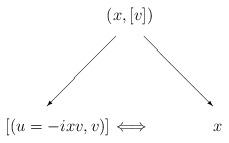
LaTeX: \begin{align*}\begin{picture}(300,120)(-80,-10)\put(53,80){$(x,[v])$}\put(60,68){\vector(-1,-1){50}}\put(80,68){\vector(1,-1){50}}\put(-20,0){$[(u=-ixv,v)]$}\put(60,0){$\Longleftrightarrow$}\put(130,0){$x$}\put(11,50){$$}\put(111,50){$$}\end{picture}\end{align*}